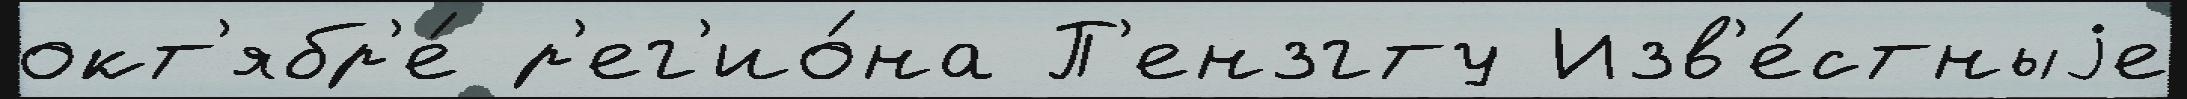
окт'ябр'е́ р'ег'ио́на П'ензгту Изв'е́стныjе